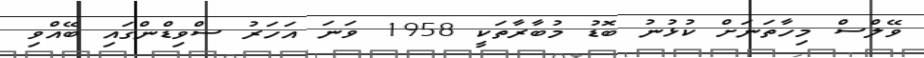
ވޭލްސް މިހާތަނަށް ކުޅުނު ބޮޑު މުބާރާތަކީ 1958 ވަނަ އަހަރު ސްވިޑްންގައި ބޭއްވި